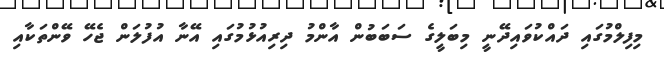
މިފިލްމުގައި ދައްކުވައިދޭނީ މިބަލީގެ ސަބަބުން އާންމު ދިރިއުޅުމުގައި އޭނާ އުފުލަން ޖެހޭ ވޭންތަކާއި